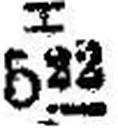
522